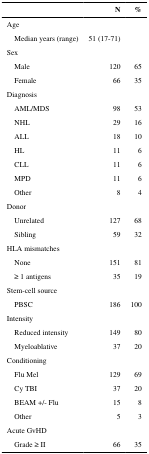
<table><thead><tr><td></td><td><b>N</b></td><td><b>%</b></td></tr></thead><tbody><tr><td>Age</td><td></td><td></td></tr><tr><td> Median years (range)</td><td>51 (17-71)</td><td></td></tr><tr><td>Sex</td><td></td><td></td></tr><tr><td> Male</td><td>120</td><td>65</td></tr><tr><td> Female</td><td>66</td><td>35</td></tr><tr><td>Diagnosis</td><td></td><td></td></tr><tr><td> AML/MDS</td><td>98</td><td>53</td></tr><tr><td> NHL</td><td>29</td><td>16</td></tr><tr><td> ALL</td><td>18</td><td>10</td></tr><tr><td> HL</td><td>11</td><td>6</td></tr><tr><td> CLL</td><td>11</td><td>6</td></tr><tr><td> MPD</td><td>11</td><td>6</td></tr><tr><td> Other</td><td>8</td><td>4</td></tr><tr><td>Donor</td><td></td><td></td></tr><tr><td> Unrelated</td><td>127</td><td>68</td></tr><tr><td> Sibling</td><td>59</td><td>32</td></tr><tr><td>HLA mismatches</td><td></td><td></td></tr><tr><td> None</td><td>151</td><td>81</td></tr><tr><td> ≥ 1 antigens</td><td>35</td><td>19</td></tr><tr><td>Stem-cell source</td><td></td><td></td></tr><tr><td> PBSC</td><td>186</td><td>100</td></tr><tr><td>Intensity</td><td></td><td></td></tr><tr><td> Reduced intensity</td><td>149</td><td>80</td></tr><tr><td> Myeloablative</td><td>37</td><td>20</td></tr><tr><td>Conditioning</td><td></td><td></td></tr><tr><td> Flu Mel</td><td>129</td><td>69</td></tr><tr><td> Cy TBI</td><td>37</td><td>20</td></tr><tr><td> BEAM +/- Flu</td><td>15</td><td>8</td></tr><tr><td> Other</td><td>5</td><td>3</td></tr><tr><td>Acute GvHD</td><td></td><td></td></tr><tr><td> Grade ≥ II</td><td>66</td><td>35</td></tr></tbody></table>